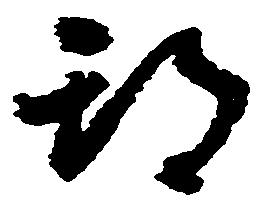
期